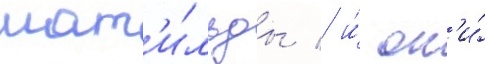
мат'и́льды / и́ он'и́